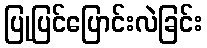
ပြုပြင်ပြောင်းလဲခြင်း